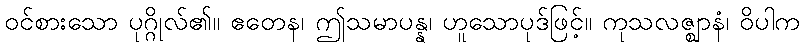
ဝင်စားသော ပုဂ္ဂိုလ်၏။ ဧတေန၊ ဤသမာပန္န၊ ဟူသောပုဒ်ဖြင့်။ ကုသလဇ္ဈာနံ၊ ဝိပါက